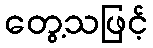
တွေ့သဖြင့်